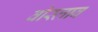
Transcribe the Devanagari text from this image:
वोस्लाव